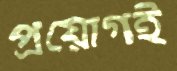
প্রয়োগই